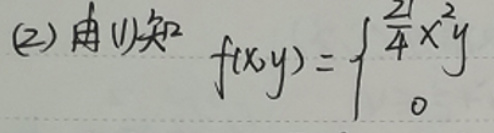
(2) 由(1)知
\[
f(x,y)=\left\{
\begin{array}{ll}
\frac{2}{4}x^{2}y & \\
0 &
\end{array}
\right.
\]